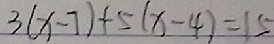
3 ( x - 7 ) + 5 ( x - 4 ) = 1 5